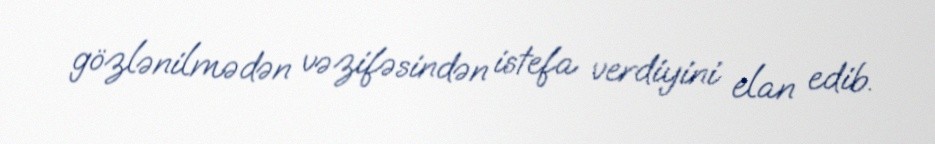
gözlənilmədən vəzifəsindən istefa verdiyini elan edib.